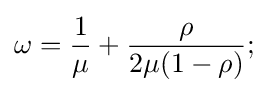
\omega ={\frac {1}{\mu }}+{\frac {\rho }{2\mu (1-\rho )}};